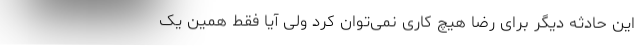
این حادثه دیگر برای رضا هیچ کاری نمی‌توان کرد ولی آیا فقط همین یک